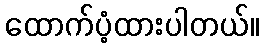
ထောက်ပံ့ထားပါတယ်။